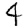
Digit: 4